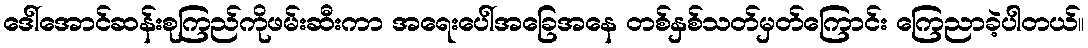
ဒေါ်အောင်ဆန်းစုကြည်ကိုဖမ်းဆီးကာ အရေးပေါ်အခြေအနေ တစ်နှစ်သတ်မှတ်ကြောင်း ကြေညာခဲ့ပါတယ်။